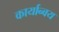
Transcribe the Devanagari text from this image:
कार्यान्वय